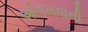
ઓળખવાની